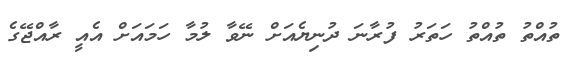
ތުއްތު ތުއްތު ހަތަރު ފުރާނަ ދުނިޔެއަށް ނޭވާ ލުމާ ހަމައަށް އެއީ ރާއްޖޭގެ